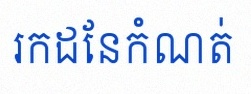
រកដែនកំណត់